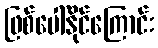
ဖြစ်ပေါ်နိုင်ကြောင်း